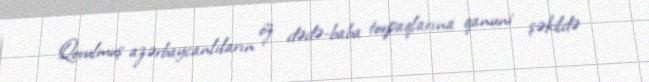
Qovulmuş azərbaycanlıların öz dədə-baba torpaqlarına qanuni şəkildə